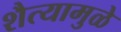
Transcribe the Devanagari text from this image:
शैत्यामुळे